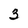
Character: 3